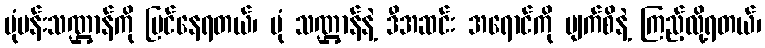
ပုံပန်းသဏ္ဌာန်ကို မြင်နေရတယ်၊ ပုံ သဏ္ဌာန်နဲ့ ဒီအဆင်း အရောင်ကို မျက်စိနဲ့ ကြည့်လို့ရတယ်၊